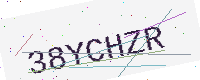
Text: 38YCHZR